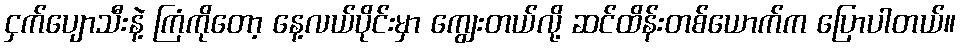
ငှက်ပျောသီးနဲ့ ကြံကိုတော့ နေ့လယ်ပိုင်းမှာ ကျွေးတယ်လို့ ဆင်ထိန်းတစ်ယောက်က ပြောပါတယ်။